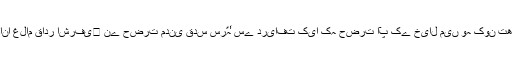
مولانا غلام قادر اشرفی﷫ نے حضرت مدنی قدس سرّہٗ سے دریافت کیا کہ حضرت آپ کے خیال میں وہ کون تھے؟